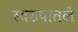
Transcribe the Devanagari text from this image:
स्वरुपातले